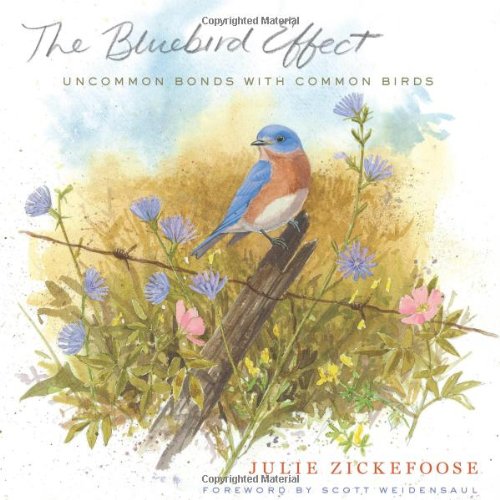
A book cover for The Bluebird Effect: Uncommon Bonds with Common Birds; Julie Zickefoose; Science & Math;